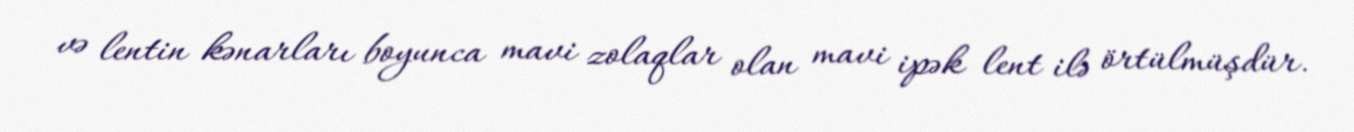
və lentin kənarları boyunca mavi zolaqlar olan mavi ipək lent ilə örtülmüşdür.